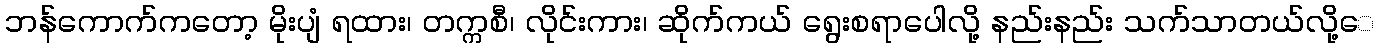
ဘန်ကောက်ကတော့ မိုးပျံ ရထား၊ တက္ကစီ၊ လိုင်းကား၊ ဆိုက်ကယ် ရွေးစရာပေါလို့ နည်းနည်း သက်သာတယ်လို့ေ